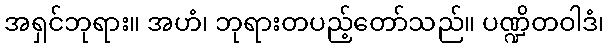
အရှင်ဘုရား။ အဟံ၊ ဘုရားတပည့်တော်သည်။ ပဏ္ဍိတဝါဒံ၊